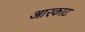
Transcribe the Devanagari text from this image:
आरकाट